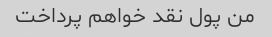
من پول نقد خواهم پرداخت